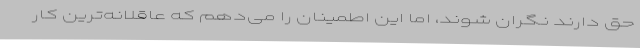
حق دارند نگران شوند، اما این اطمینان را می‌دهم که عاقلانه‌ترین کار